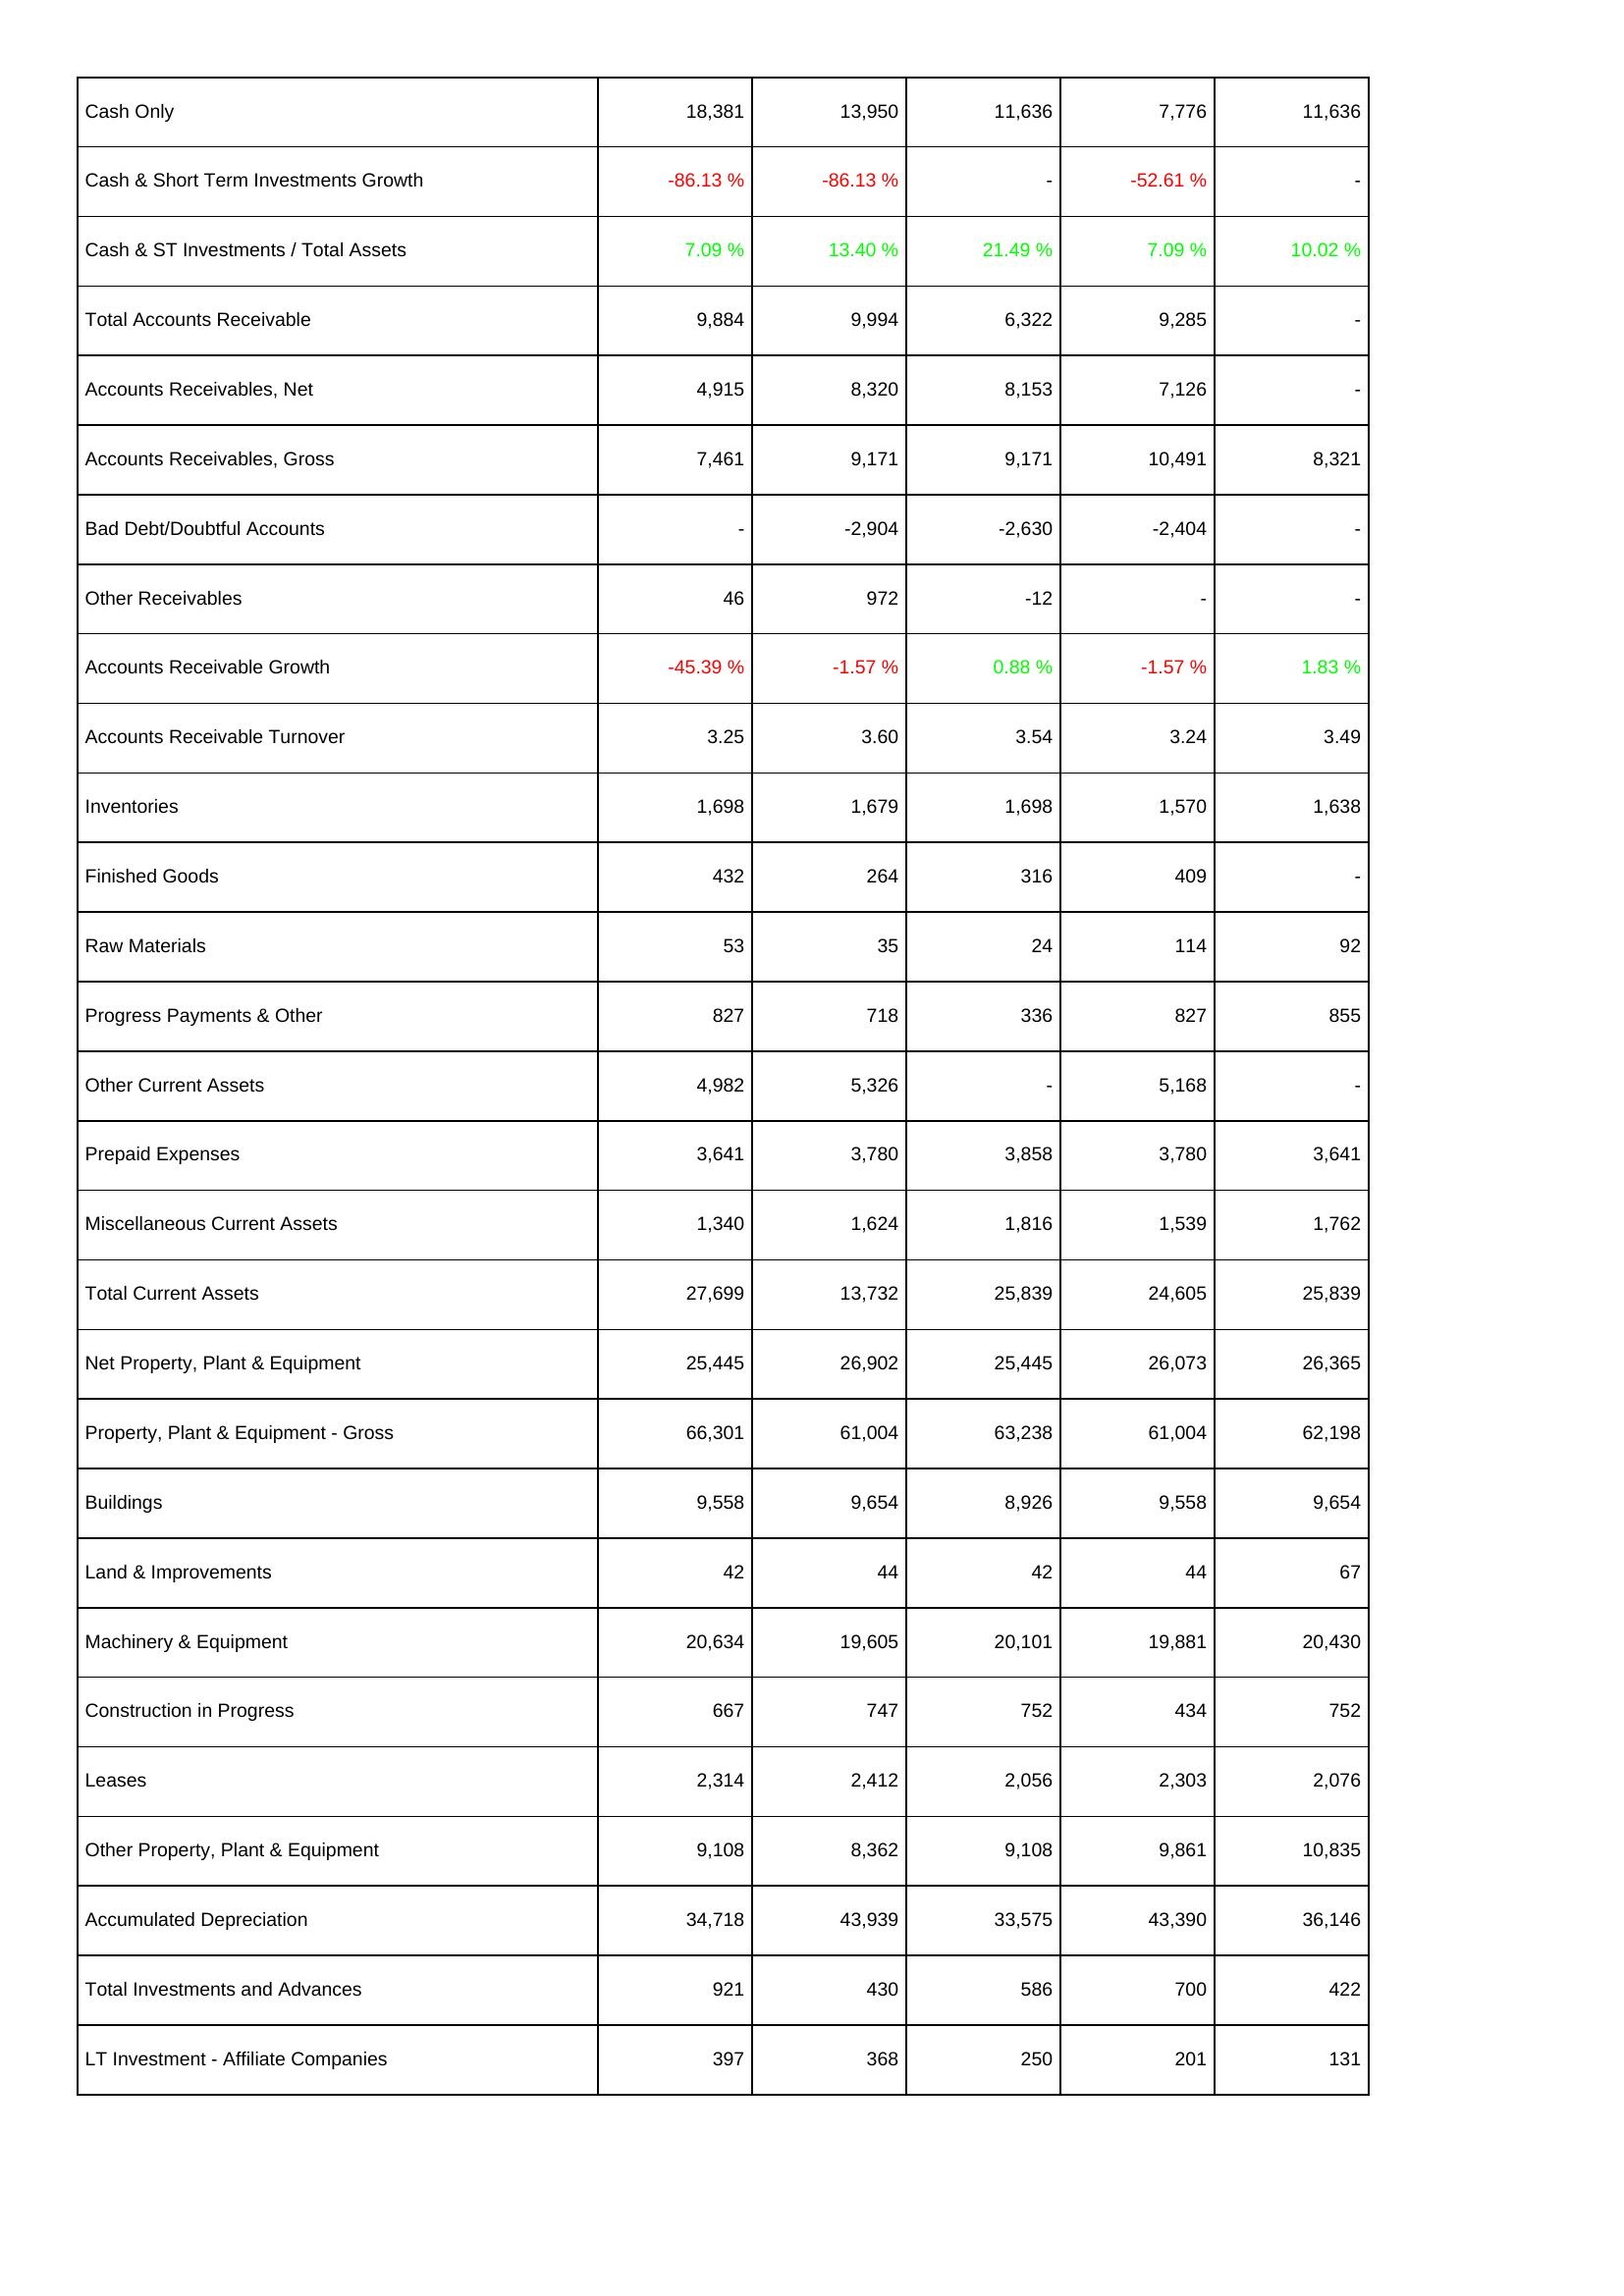
2025: Assets: Cash Only: 18,381
Cash & Short Term Investments Growth: -86.13 %
Cash & ST Investments / Total Assets: 7.09 %
Total Accounts Receivable: 9,884
Accounts Receivables, Net: 4,915
Accounts Receivables, Gross: 7,461
Bad Debt/Doubtful Accounts: -
Other Receivables: 46
Accounts Receivable Growth: -45.39 %
Accounts Receivable Turnover: 3.25
Inventories: 1,698
Finished Goods: 432
Raw Materials: 53
Progress Payments & Other: 827
Other Current Assets: 4,982
Prepaid Expenses: 3,641
Miscellaneous Current Assets: 1,340
Total Current Assets: 27,699
Net Property, Plant & Equipment: 25,445
Property, Plant & Equipment - Gross: 66,301
Buildings: 9,558
Land & Improvements: 42
Machinery & Equipment: 20,634
Construction in Progress: 667
Leases: 2,314
Other Property, Plant & Equipment: 9,108
Accumulated Depreciation: 34,718
Total Investments and Advances: 921
LT Investment - Affiliate Companies: 397
2024: Assets: Cash Only: 13,950
Cash & Short Term Investments Growth: -86.13 %
Cash & ST Investments / Total Assets: 13.40 %
Total Accounts Receivable: 9,994
Accounts Receivables, Net: 8,320
Accounts Receivables, Gross: 9,171
Bad Debt/Doubtful Accounts: -2,904
Other Receivables: 972
Accounts Receivable Growth: -1.57 %
Accounts Receivable Turnover: 3.60
Inventories: 1,679
Finished Goods: 264
Raw Materials: 35
Progress Payments & Other: 718
Other Current Assets: 5,326
Prepaid Expenses: 3,780
Miscellaneous Current Assets: 1,624
Total Current Assets: 13,732
Net Property, Plant & Equipment: 26,902
Property, Plant & Equipment - Gross: 61,004
Buildings: 9,654
Land & Improvements: 44
Machinery & Equipment: 19,605
Construction in Progress: 747
Leases: 2,412
Other Property, Plant & Equipment: 8,362
Accumulated Depreciation: 43,939
Total Investments and Advances: 430
LT Investment - Affiliate Companies: 368
2023: Assets: Cash Only: 11,636
Cash & Short Term Investments Growth: -
Cash & ST Investments / Total Assets: 21.49 %
Total Accounts Receivable: 6,322
Accounts Receivables, Net: 8,153
Accounts Receivables, Gross: 9,171
Bad Debt/Doubtful Accounts: -2,630
Other Receivables: -12
Accounts Receivable Growth: 0.88 %
Accounts Receivable Turnover: 3.54
Inventories: 1,698
Finished Goods: 316
Raw Materials: 24
Progress Payments & Other: 336
Other Current Assets: -
Prepaid Expenses: 3,858
Miscellaneous Current Assets: 1,816
Total Current Assets: 25,839
Net Property, Plant & Equipment: 25,445
Property, Plant & Equipment - Gross: 63,238
Buildings: 8,926
Land & Improvements: 42
Machinery & Equipment: 20,101
Construction in Progress: 752
Leases: 2,056
Other Property, Plant & Equipment: 9,108
Accumulated Depreciation: 33,575
Total Investments and Advances: 586
LT Investment - Affiliate Companies: 250
2022: Assets: Cash Only: 7,776
Cash & Short Term Investments Growth: -52.61 %
Cash & ST Investments / Total Assets: 7.09 %
Total Accounts Receivable: 9,285
Accounts Receivables, Net: 7,126
Accounts Receivables, Gross: 10,491
Bad Debt/Doubtful Accounts: -2,404
Other Receivables: -
Accounts Receivable Growth: -1.57 %
Accounts Receivable Turnover: 3.24
Inventories: 1,570
Finished Goods: 409
Raw Materials: 114
Progress Payments & Other: 827
Other Current Assets: 5,168
Prepaid Expenses: 3,780
Miscellaneous Current Assets: 1,539
Total Current Assets: 24,605
Net Property, Plant & Equipment: 26,073
Property, Plant & Equipment - Gross: 61,004
Buildings: 9,558
Land & Improvements: 44
Machinery & Equipment: 19,881
Construction in Progress: 434
Leases: 2,303
Other Property, Plant & Equipment: 9,861
Accumulated Depreciation: 43,390
Total Investments and Advances: 700
LT Investment - Affiliate Companies: 201
2021: Assets: Cash Only: 11,636
Cash & Short Term Investments Growth: -
Cash & ST Investments / Total Assets: 10.02 %
Total Accounts Receivable: -
Accounts Receivables, Net: -
Accounts Receivables, Gross: 8,321
Bad Debt/Doubtful Accounts: -
Other Receivables: -
Accounts Receivable Growth: 1.83 %
Accounts Receivable Turnover: 3.49
Inventories: 1,638
Finished Goods: -
Raw Materials: 92
Progress Payments & Other: 855
Other Current Assets: -
Prepaid Expenses: 3,641
Miscellaneous Current Assets: 1,762
Total Current Assets: 25,839
Net Property, Plant & Equipment: 26,365
Property, Plant & Equipment - Gross: 62,198
Buildings: 9,654
Land & Improvements: 67
Machinery & Equipment: 20,430
Construction in Progress: 752
Leases: 2,076
Other Property, Plant & Equipment: 10,835
Accumulated Depreciation: 36,146
Total Investments and Advances: 422
LT Investment - Affiliate Companies: 131